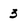
Character: 3